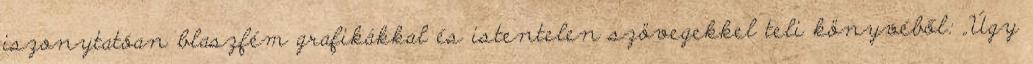
iszonytató­an blaszfém grafikákkal és istentelen szövegekkel teli köny­vé­ből: „Úgy